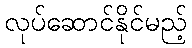
လုပ်ဆောင်နိုင်မည့်